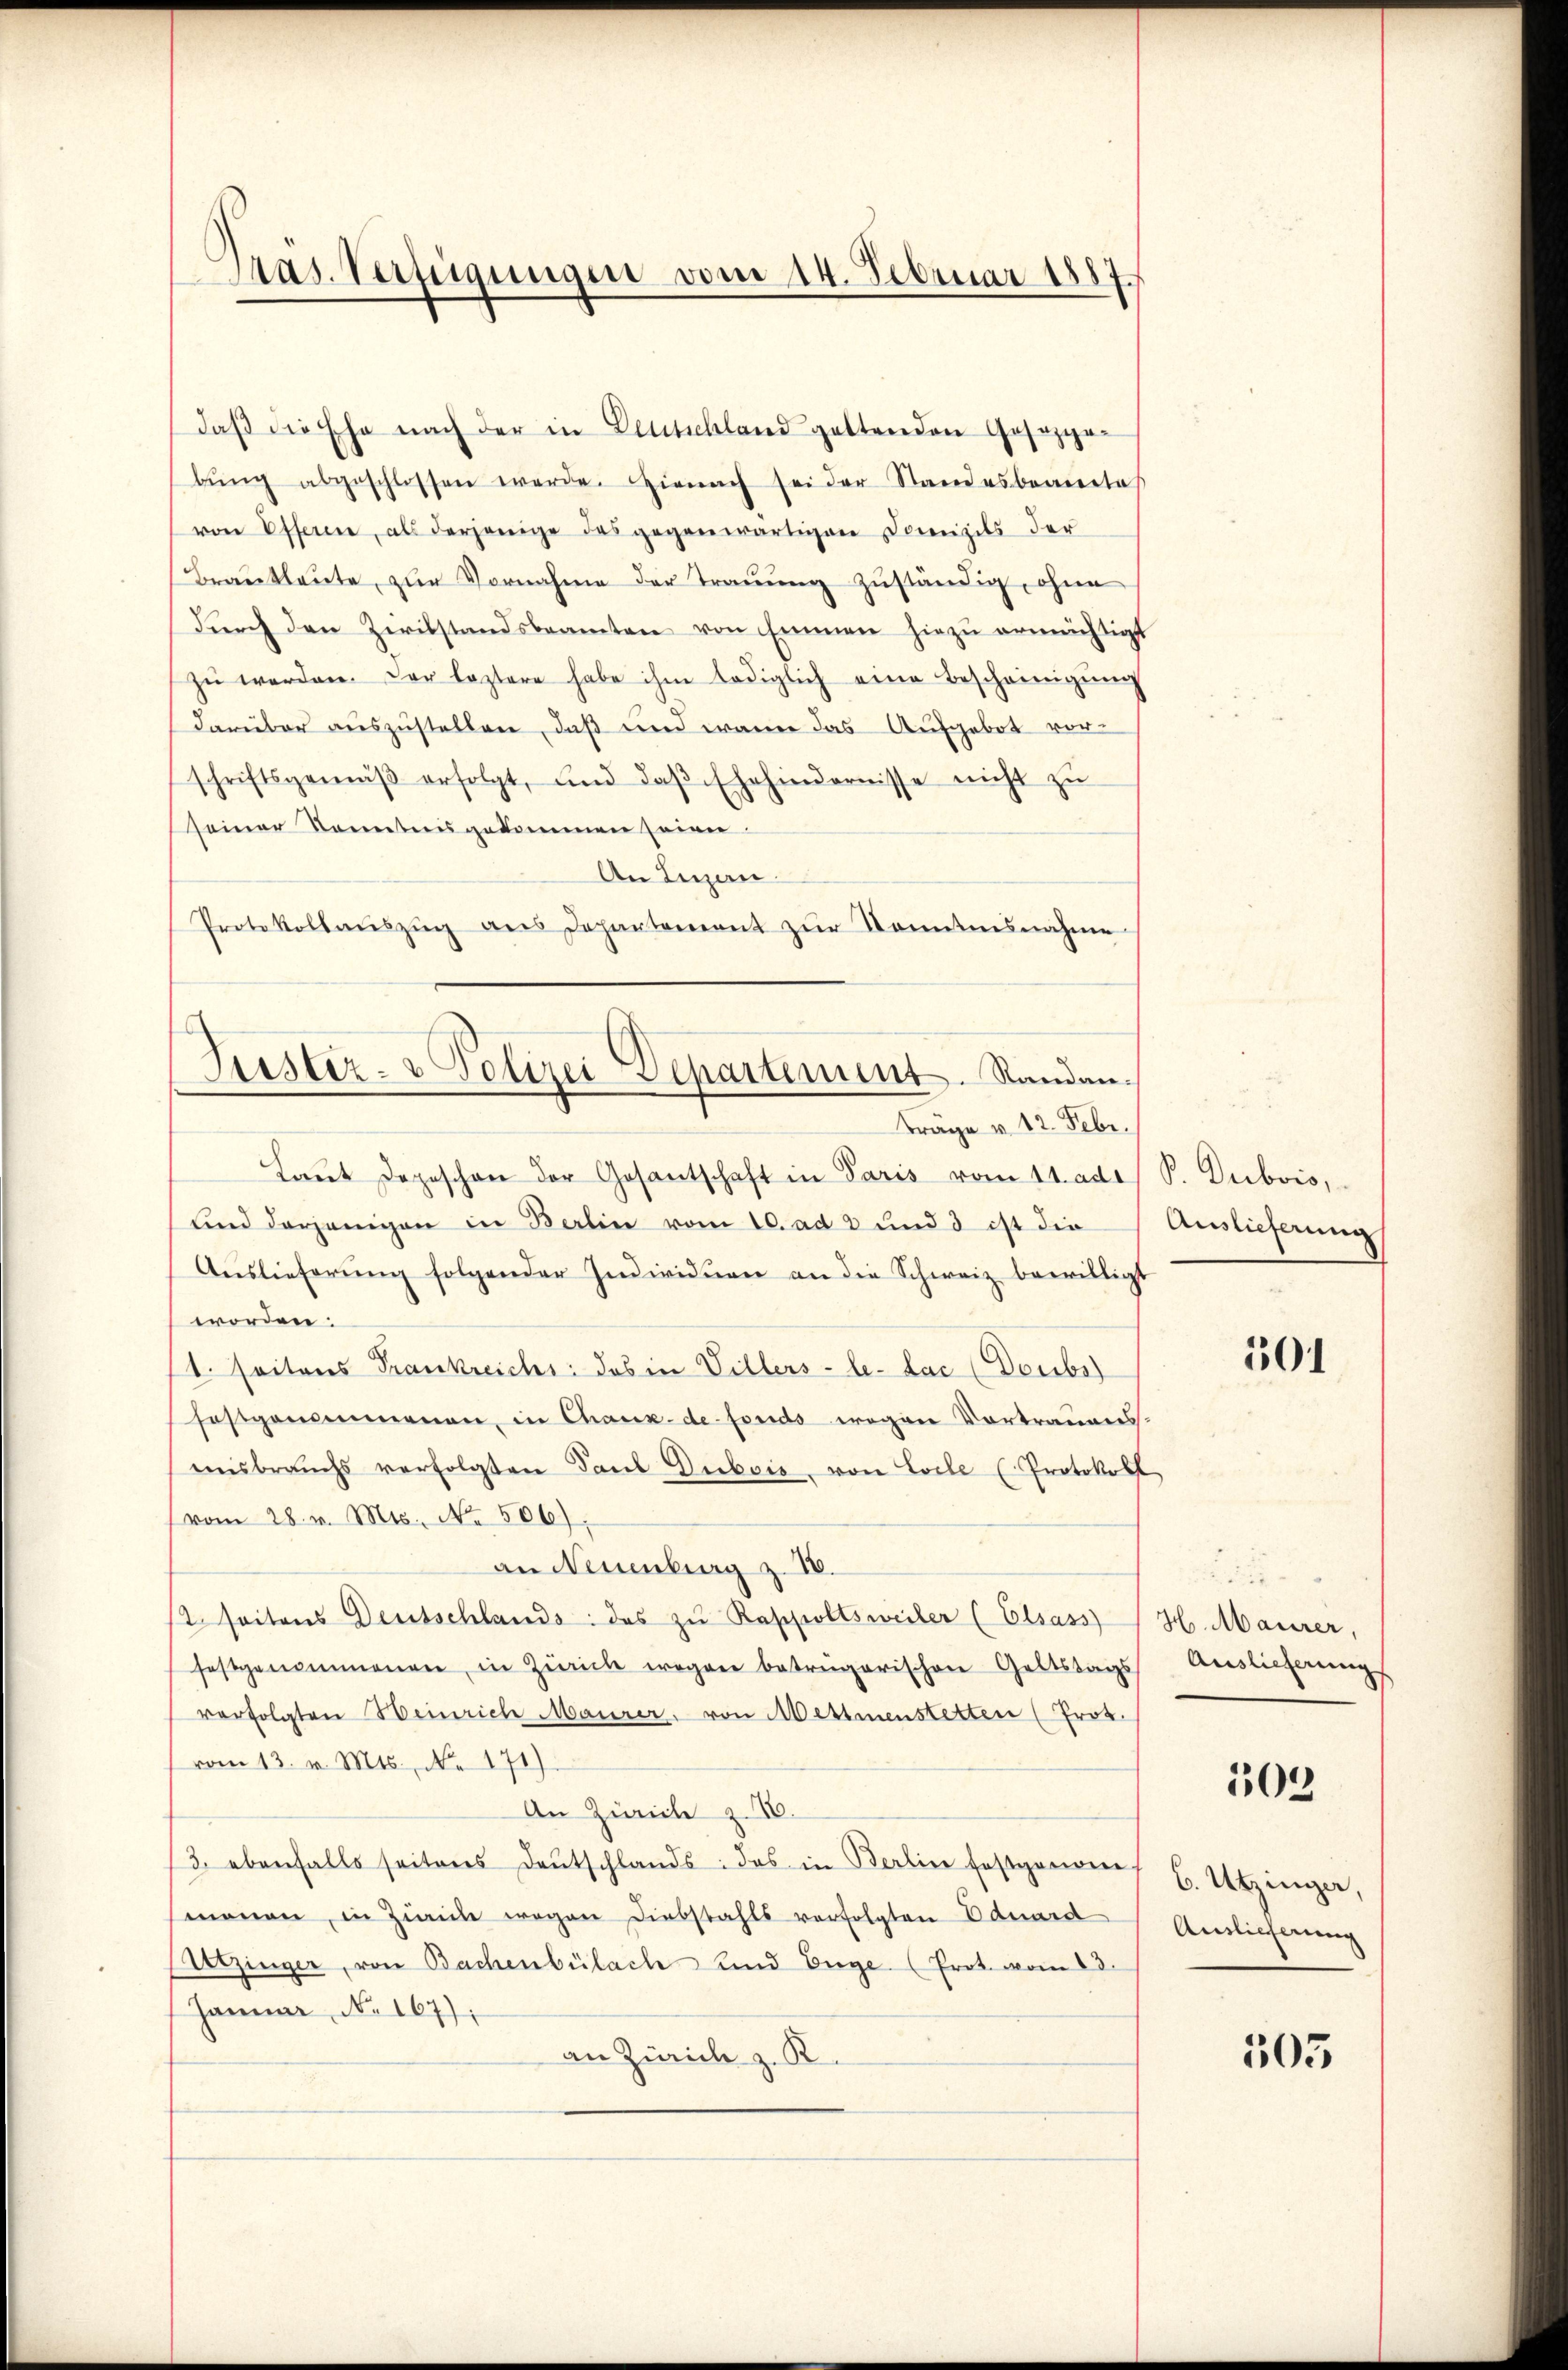
Pas Verfügungen vom 14. Februar 1887

daβ die Ehe nach der in Deutschland geltenden Gesetzgebŭng abgeschlossen werde. Hienach sei der Standesbeante
von Efferen, als derjenige das gegenwärtigen Domizils der
Brautleute, zur Vornahme der Trauung zuständig, ohne
durch den Zivilstandsbeamten von Emmen hiezu ermächtigt
zŭ werden. Der leztere habe ihm lediglich eine Bescheinigŭng
darüber auszustellen, daß und wann das Aufgebot vorschriftsgemäβ erfolgt, und daβ Ehehindernisse nicht zŭ
seiner Kenntnis gekommen seien.
An Lugan
Protokollaŭszŭg ans Departement zŭr Kenntnisnahme

Justiz- & Polizei Departement. Randan¬

Träge v. 12. Febr.
Laŭt Depeschon der Gesantschaft in Paris vom 11. ades P. Dubois,
und derjenigen in Berlin vom 10. ad 2 und 3 ist die
Aŭslieferŭng folgender Individuen an die Schweiz bewilligt
worden.
1. Seitens Trankreichs: das in Villers -le-Lac (Doubs
festgenommenen, in Chaux-de-Fonds wegen Vortrauensmsbrauchs verfolgten Paul Dubois, von Loche Protokoll
(vom 28. v. Mts. No. 506).
an Neuenburg z. 18.
st seitens Deutschlands: das zu Rappoltsweiler (Elsass H. Maurer,
festgenommenen, in Zürich wegen betrügerischen Geltstags
verfolgten Heinrich Maurer, von Mettmenstetten (Prot.
vom 13. v. Mts., No 171).
An Zürich z. B.
3. ebenfalls seitens deŭtschlands: das in Berline festgenome
monen, in Zürich wegen Diebstahls verfolgten Eduard
Altzinger, von Bachenbülach und Enge (Prot. vom 13.
Januar No. 167);
an Zürich z. R.

Auslieferung

301

Auslieferungs

505

6. Utzinger,
Auslieferung

505